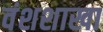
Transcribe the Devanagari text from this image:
वंशशाखा